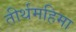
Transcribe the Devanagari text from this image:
तीर्थमहिमा